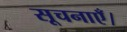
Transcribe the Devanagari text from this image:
सूचनाएँ।